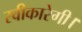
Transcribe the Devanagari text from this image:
स्वीकारेगी।